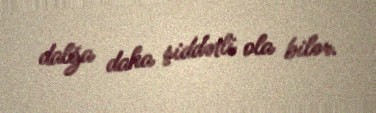
dalğa daha şiddətli ola bilər.